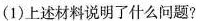
(1)上述材料说明了什么问题?